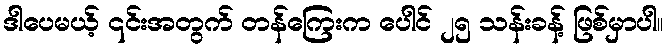
ဒါပေမယ့် ၎င်းအတွက် တန်ကြေးက ပေါင် ၂၅ သန်းခန့် ဖြစ်မှာပါ။